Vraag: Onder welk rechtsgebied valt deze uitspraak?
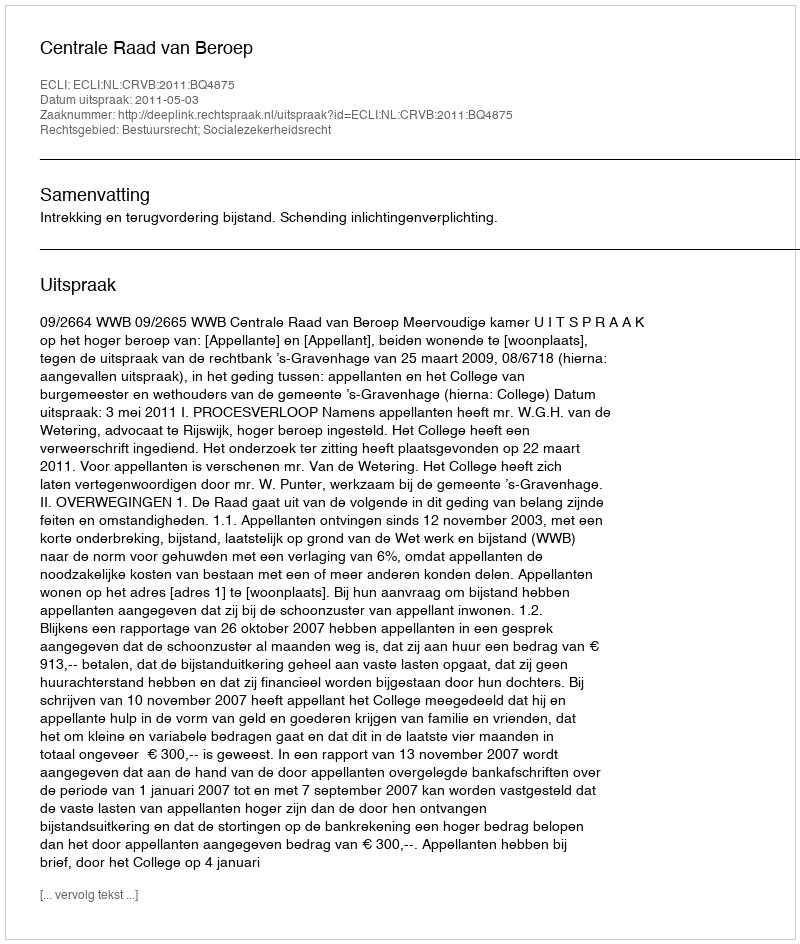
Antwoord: Bestuursrecht; Socialezekerheidsrecht